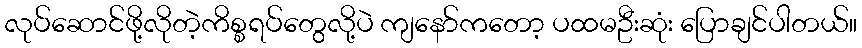
လုပ်ဆောင်ဖို့လိုတဲ့ကိစ္စရပ်တွေလို့ပဲ ကျနော်ကတော့ ပထမဦးဆုံး ပြောချင်ပါတယ်။